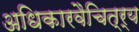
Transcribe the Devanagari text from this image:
अधिकारवैचित्र्य